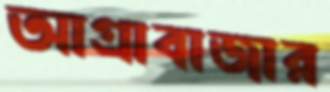
আগ্রাবাজার